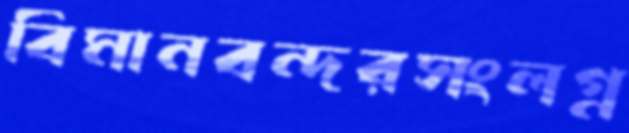
বিমানবন্দরসংলগ্ন